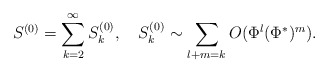
\begin{align*}S^{(0)}=\sum_{k=2}^\infty S^{(0)}_k,\quad S^{(0)}_k\sim\sum_{l+m=k}O(\Phi^l(\Phi^*)^m).\end{align*}